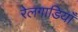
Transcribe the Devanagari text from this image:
रेलगाडियाँ